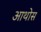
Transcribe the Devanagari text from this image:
आथोस